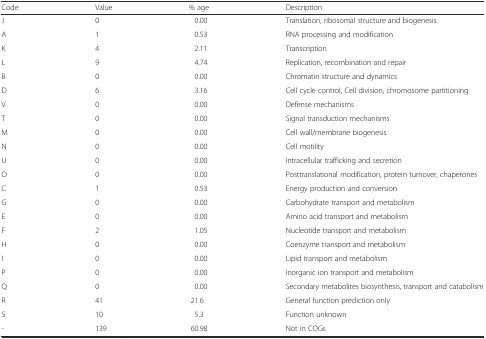
| Code | Value | % age | Description |
 | --- | --- | --- | --- |
 | J | 0 | 0.00 | Translation, ribosomal structure and biogenesis |
 | A | 1 | 0.53 | RNA processing and modification |
 | K | 4 | 2.11 | Transcription |
 | L | 9 | 4.74 | Replication, recombination and repair |
 | B | 0 | 0.00 | Chromatin structure and dynamics |
 | D | 6 | 3.16 | Cell cycle control, Cell division, chromosome partitioning |
 | V | 0 | 0.00 | Defense mechanisms |
 | T | 0 | 0.00 | Signal transduction mechanisms |
 | M | 0 | 0.00 | Cell wall/membrane biogenesis |
 | N | 0 | 0.00 | Cell motility |
 | U | 0 | 0.00 | Intracellular trafficking and secretion |
 | O | 0 | 0.00 | Posttranslational modification, protein turnover, chaperones |
 | C | 1 | 0.53 | Energy production and conversion |
 | G | 0 | 0.00 | Carbohydrate transport and metabolism |
 | E | 0 | 0.00 | Amino acid transport and metabolism |
 | F | 2 | 1.05 | Nucleotide transport and metabolism |
 | H | 0 | 0.00 | Coenzyme transport and metabolism |
 | I | 0 | 0.00 | Lipid transport and metabolism |
 | P | 0 | 0.00 | Inorganic ion transport and metabolism |
 | Q | 0 | 0.00 | Secondary metabolites biosynthesis, transport and catabolism |
 | R | 41 | 21.6 | General function prediction only |
 | S | 10 | 5.3 | Function unknown |
 | - | 139 | 60.98 | Not in COGs |